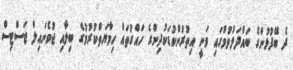
ދެ ބޭފުޅުންގެ ބައްދަލުވުމުގައި ވަނީ އިތުރުންކުޑަކުދިންގެ ހައްގުތައް ހިމާޔަތްކުރުމުގެ ބިލާއި ޖުވެނައިލް ޖަސްޓިސް